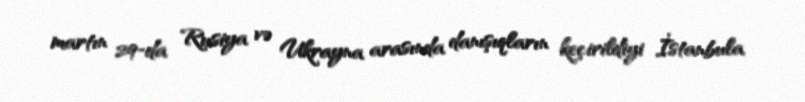
martın 29-da Rusiya və Ukrayna arasında danışıqların keçirildiyi İstanbula